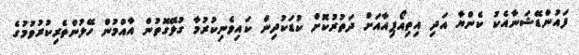
ފައުންޑޭޝަނާއެކު ކެންޔާ އަދި އިތިއޯޕިއާއަށް ދަތުރުކޮށް ކުޑަކުދިން ކައިވެނިކުރުމާ ގުޅޭގޮތުން އާއްމުން ހޭލުންތެރިކުރުވުމުގެ